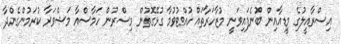
އިސްރާއީލުގެ މީޑިއާއިން ބުނެފައިވަނީ މުޒާހަރާތައް ހުއްޓުވުމާ ގުޅޭގޮތުން މިސްރުން ހަމާސްއާ މަޝްވަރާ ކުރަމުންގެންދާ